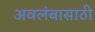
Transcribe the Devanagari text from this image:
अवलंबासाठी